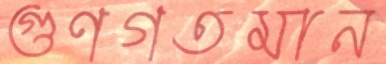
গুণগতমান